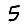
Digit: 5